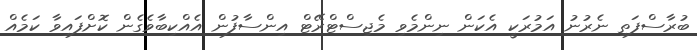
ބުރާސްފަތި ނެރުނު އަމުރަކީ އެކަން ނިންމެވި މެޖިސްޓްރޭޓް އިންސާފުން އެއްކިބާވެގެން ކޮށްފައިވާ ކަމެއް